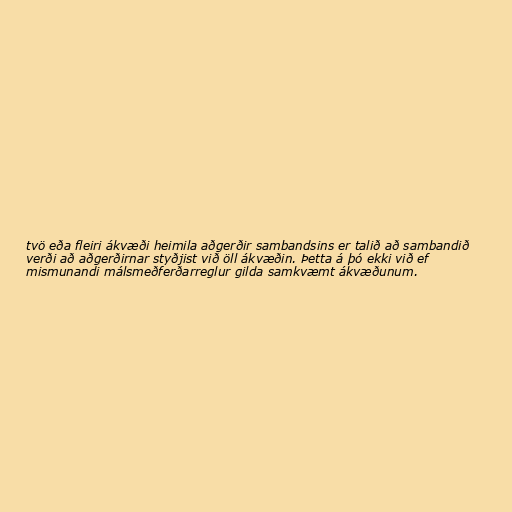
tvö eða fleiri ákvæði heimila aðgerðir sambandsins er talið að sambandið
verði að aðgerðirnar styðjist við öll ákvæðin. Þetta á þó ekki við ef
mismunandi málsmeðferðarreglur gilda samkvæmt ákvæðunum.